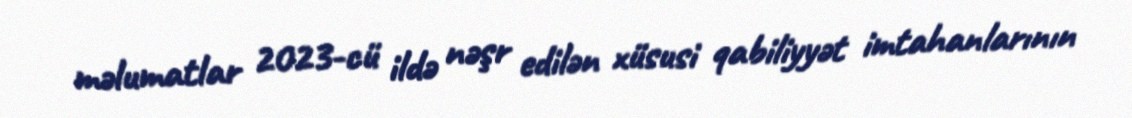
məlumatlar 2023-cü ildə nəşr edilən xüsusi qabiliyyət imtahanlarının